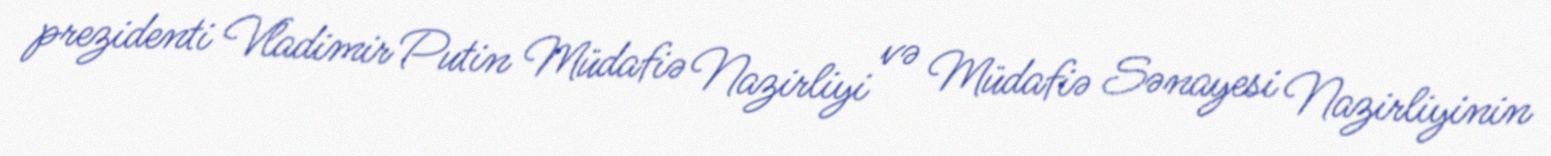
prezidenti Vladimir Putin Müdafiə Nazirliyi və Müdafiə Sənayesi Nazirliyinin